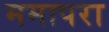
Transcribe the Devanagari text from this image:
ममापरा